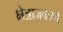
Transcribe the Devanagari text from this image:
क्षेत्राजवळचे